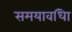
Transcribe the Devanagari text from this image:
समयावधिा